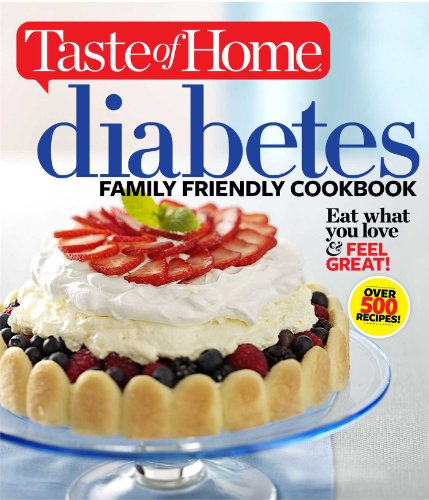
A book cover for Taste of Home Diabetes Family Friendly Cookbook: Eat What You Love and Feel Great! (Taste of Home Books); Editors of Taste of Home; Cookbooks, Food & Wine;